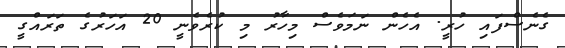
ގެނެސްފައި ހުރީ. އެހެން ނަމަވެސް މިހާރު މި ކުރެވެނީ 20 އަހަރުގެ ތަރައްގީ